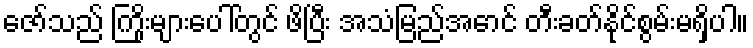
ဇော်သည် ကြိုးများပေါ်တွင် ဖိပြီး အသံမြည်အောင် တီးခတ်နိုင်စွမ်းမရှိပါ။